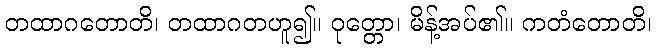
တထာဂတောတိ၊ တထာဂတဟူ၍။ ဝုတ္တော၊ မိန့်အပ်၏။ ကတံတောတိ၊